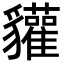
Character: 貛